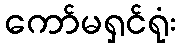
ကော်မရှင်ရုံး